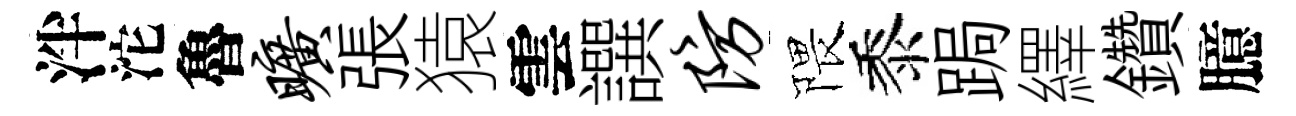
泮沱魯旷張猿雲譔防隈黍跼繹鑽臆